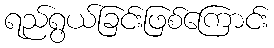
ရည်ရွယ်ခြင်းဖြစ်ကြောင်း